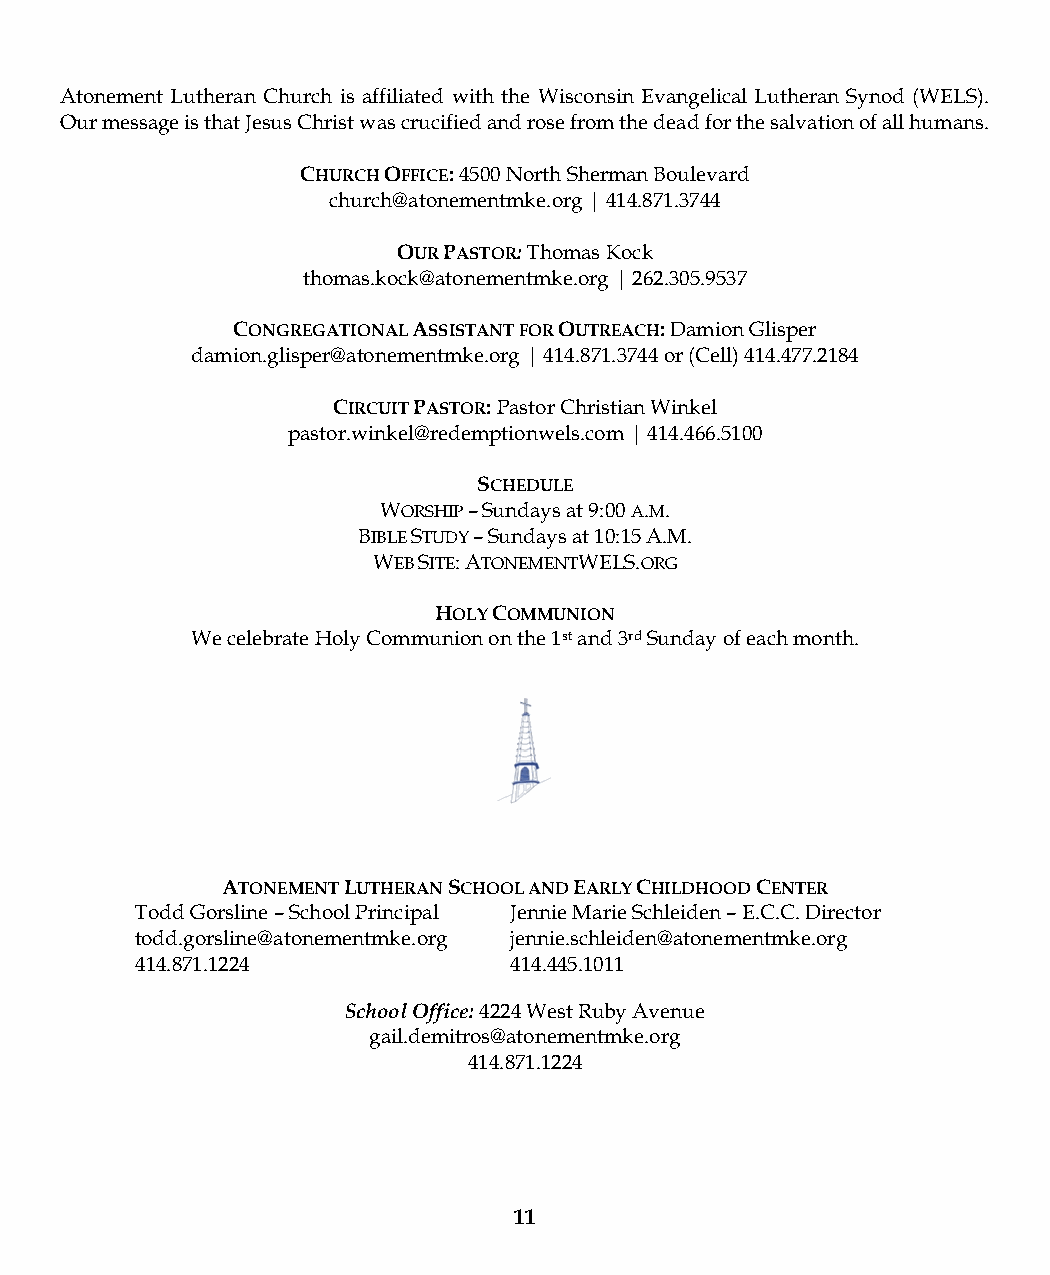
Atonement Lutheran Church is affiliated with the Wisconsin Evangelical Lutheran Synod (WELS).
 Our message is that Jesus Christ was crucified and rose from the dead for the salvation of all humans.
 CHURCH OFFICE: 4500 North Sherman Boulevard
 church@atonementmke.org | 414.871.3744
 OUR PASTOR: Thomas Kock
 thomas.kock@atonementmke.org | 262.305.9537
 CONGREGATIONAL ASSISTANT FOR OUTREACH: Damion Glisper
 damion.glisper@atonementmke.org | 414.871.3744 or (Cell) 414.477.2184
 CIRCUIT PASTOR: Pastor Christian Winkel
 pastor.winkel@redemptionwels.com | 414.466.5100
 SCHEDULE
 WORSHIP – Sundays at 9:00 A.M.
 BIBLE STUDY – Sundays at 10:15 A.M.
 WEB SITE: ATONEMENTWELS.ORG
 HOLY COMMUNION
 We celebrate Holy Communion on the 1st and 3rd Sunday of each month.
 ATONEMENT LUTHERAN SCHOOL AND EARLY CHILDHOOD CENTER
 Todd Gorsline – School Principal Jennie Marie Schleiden – E.C.C. Director
 todd.gorsline@atonementmke.org jennie.schleiden@atonementmke.org
 414.871.1224             414.445.1011
 School Office: 4224 West Ruby Avenue
 gail.demitros@atonementmke.org
 414.871.1224
 11